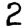
Digit: 2